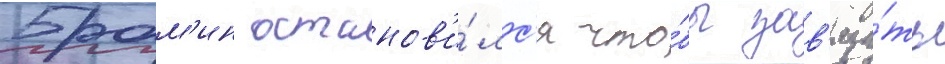
Брам'ин останов'и́лс'я что́бы зав'яза́ть